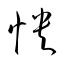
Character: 怏